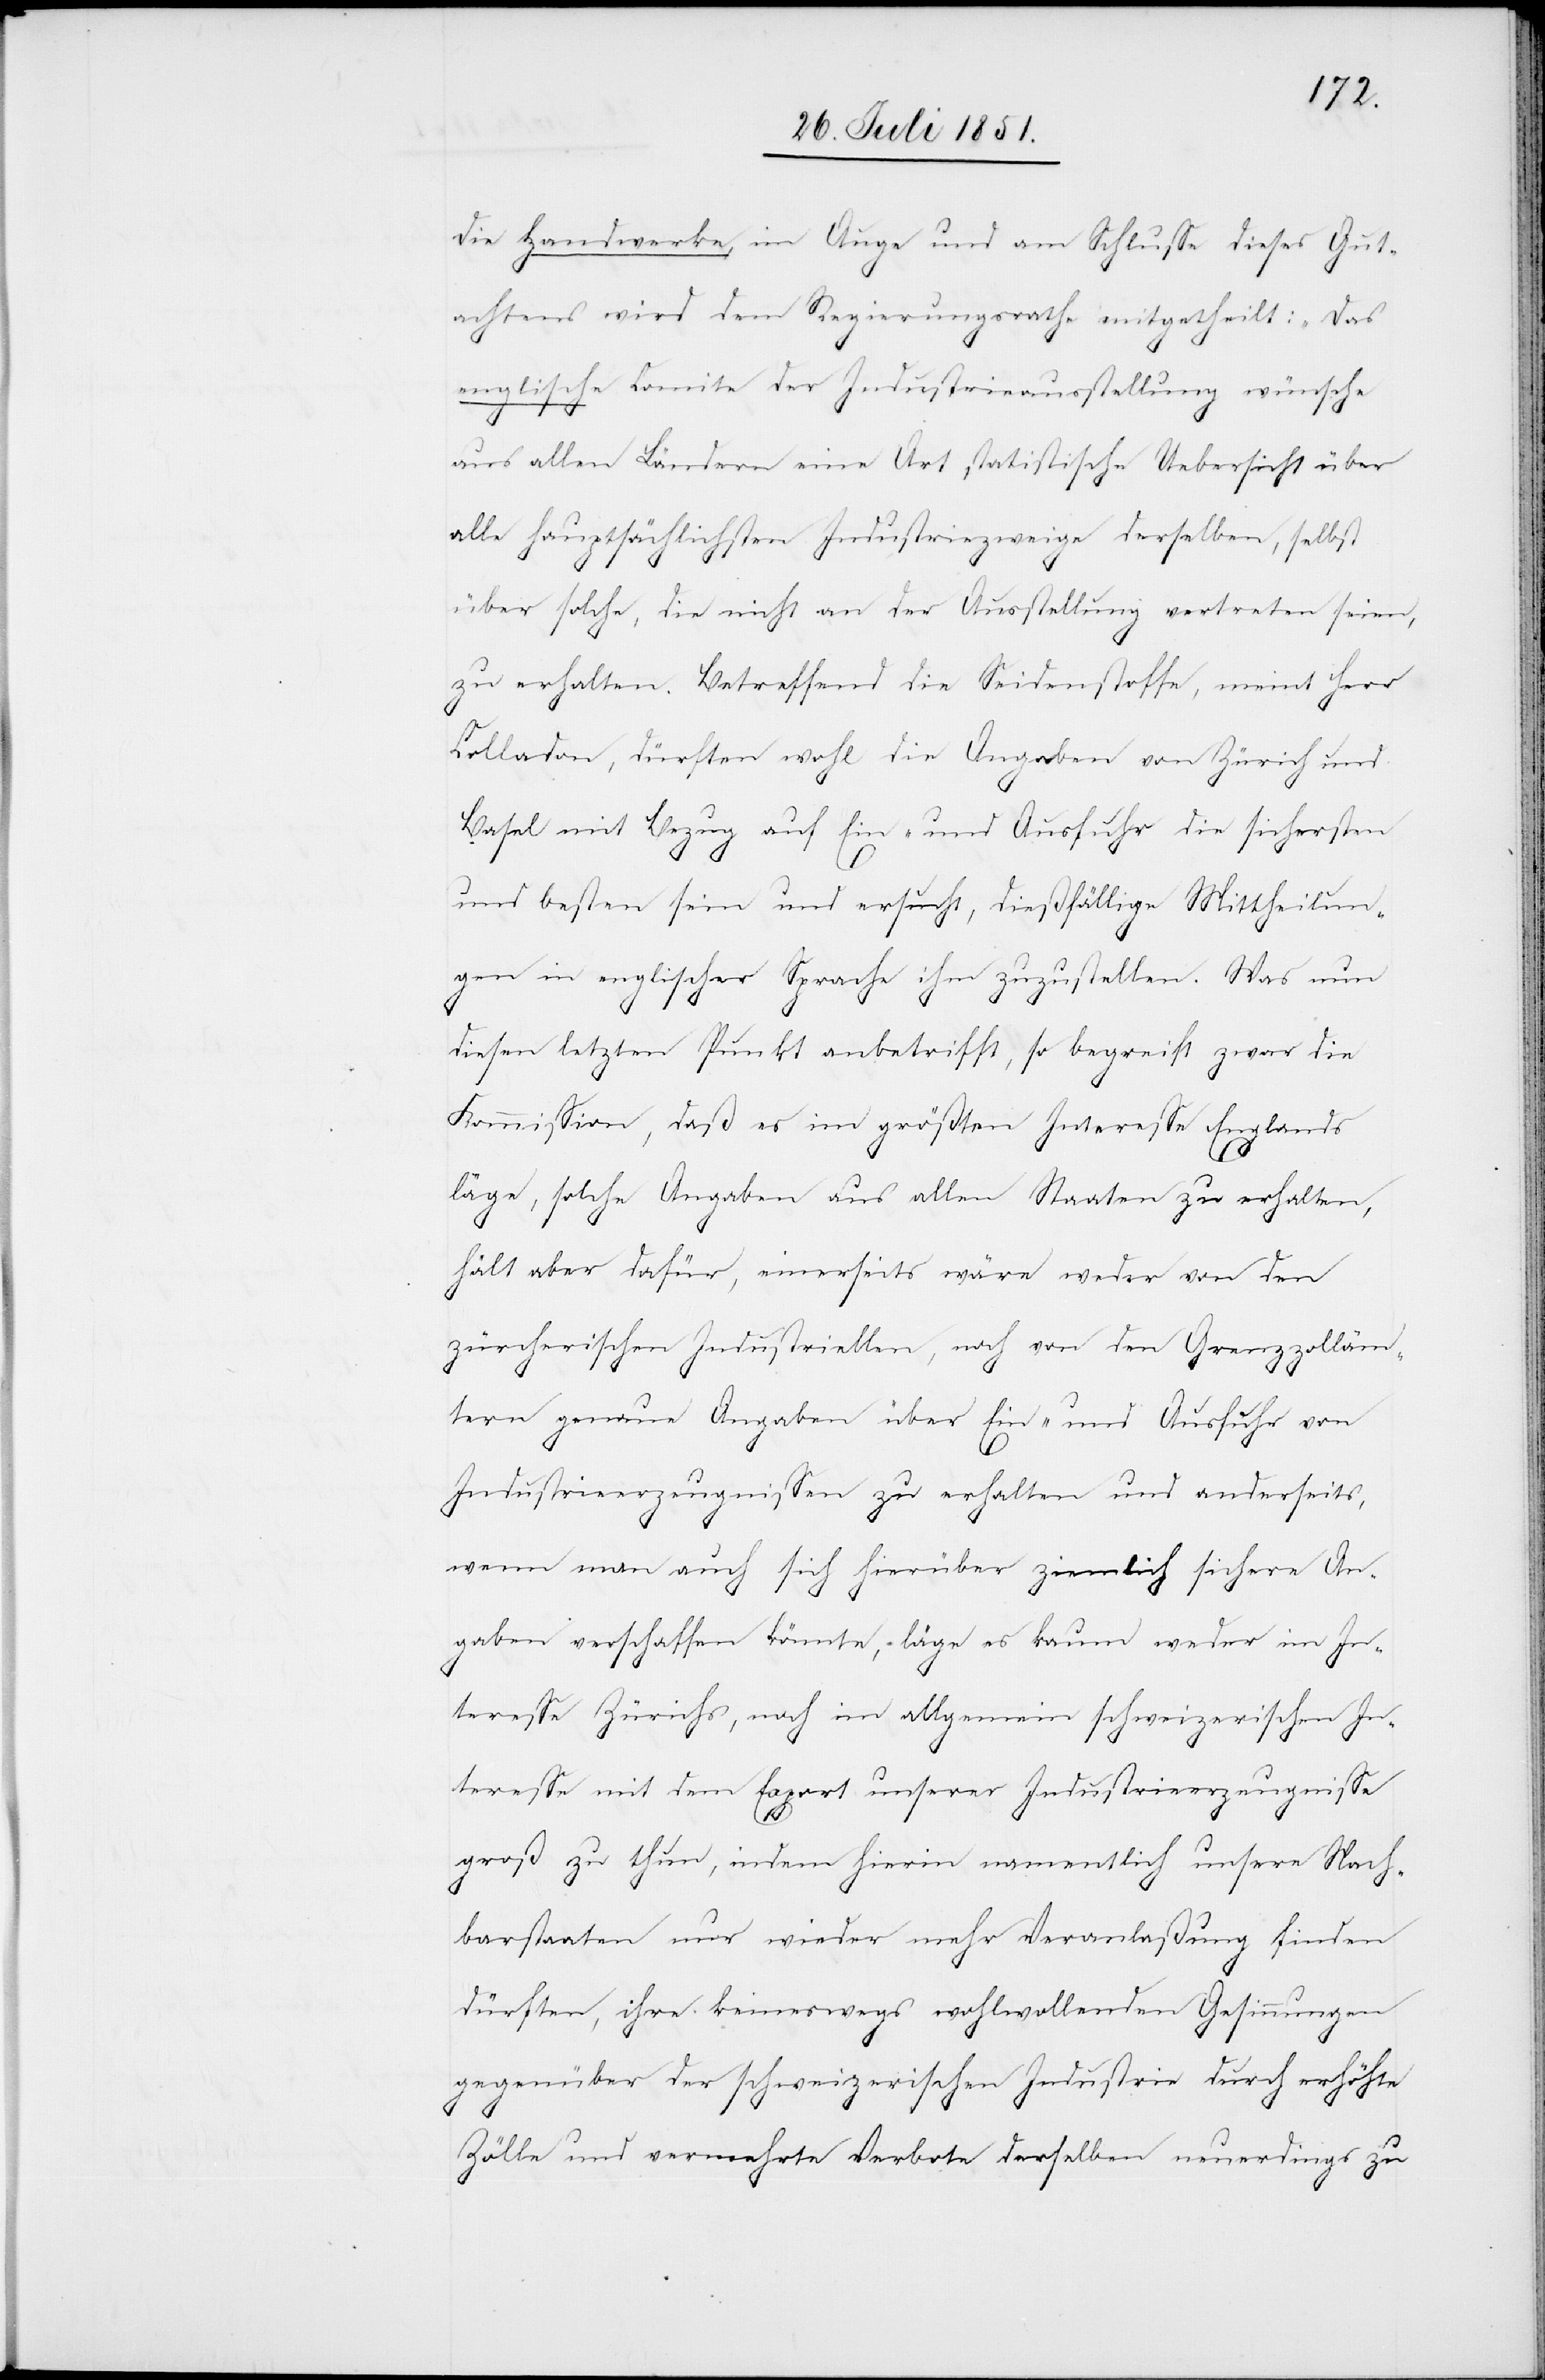
die Handwerke, im Auge und am Schlusse dieses Gut¬
achtens wird dem Regierungsrathe mitgetheilt: „Das
englische Comite der Industrieausstellung wünsche
aus allen Ländern eine Art statistische Uebersicht über
alle hauptsächlichsten Industriezweige derselben, selbst
über solche, die nicht an der Ausstellung vertreten seien,
zu erhalten.[“] Betreffend die Seidenstoffe, meint Herr
Colladon, dürften wohl die Angaben von Zürich und
Basel mit Bezug auf Ein- und Ausfuhr die sichersten
und besten sein und ersucht, dießfällige Mittheilun¬
gen in englischer Sprache ihm zuzustellen. Was nun
diesen letzten Punkt anbetrifft, so begreift zwar die
Kommission, daß es im größten Interesse Englands
läge, solche Angaben aus allen Staaten zu erhalten,
hält aber dafür, einerseits wäre weder von den
zürcherischen Industriellen, noch von den Grenzzolläm¬
tern genaue Angaben über Ein- und Ausfuhr von
Industrieerzeugnissen zu erhalten und anderseits,
wenn man auch sich hierüber ziemlich sichere An¬
gaben verschaffen könnte, läge es kaum weder im In¬
teresse Zürichs, noch im allgemein schweizerischen In¬
teresse mit dem Export unserer Industrieerzeugnisse
groß zu thun, indem hierin namentlich unsere Nach¬
barstaaten nur wieder mehr Veranlaßung finden
dürften, ihre keineswegs wohlwollenden Gesinnungen
gegenüber der schweizerischen Industrie durch erhöhte
Zölle und vermehrte Verbote derselben neuerdings zu